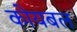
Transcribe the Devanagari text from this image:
कोयबल